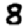
Digit: 8